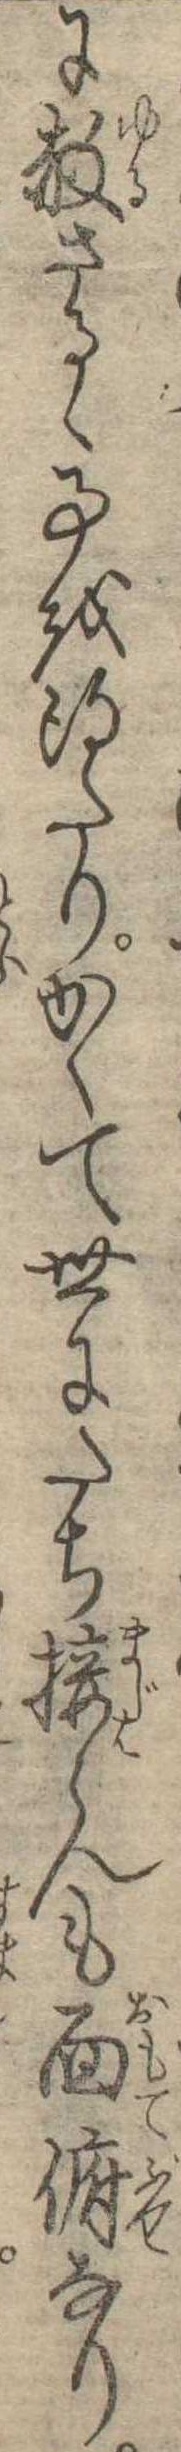
に赦さるゝ事を得たりかくて世にたち接らんも面俯なり